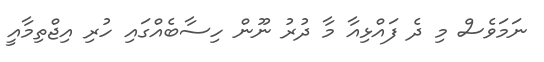
ނަމަވެސް މި ދެ ފައްޅިއާ މާ ދުރު ނޫން ހިސާބެއްގައި ހުރި އިޖްތިމާއީ